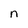
Character: n